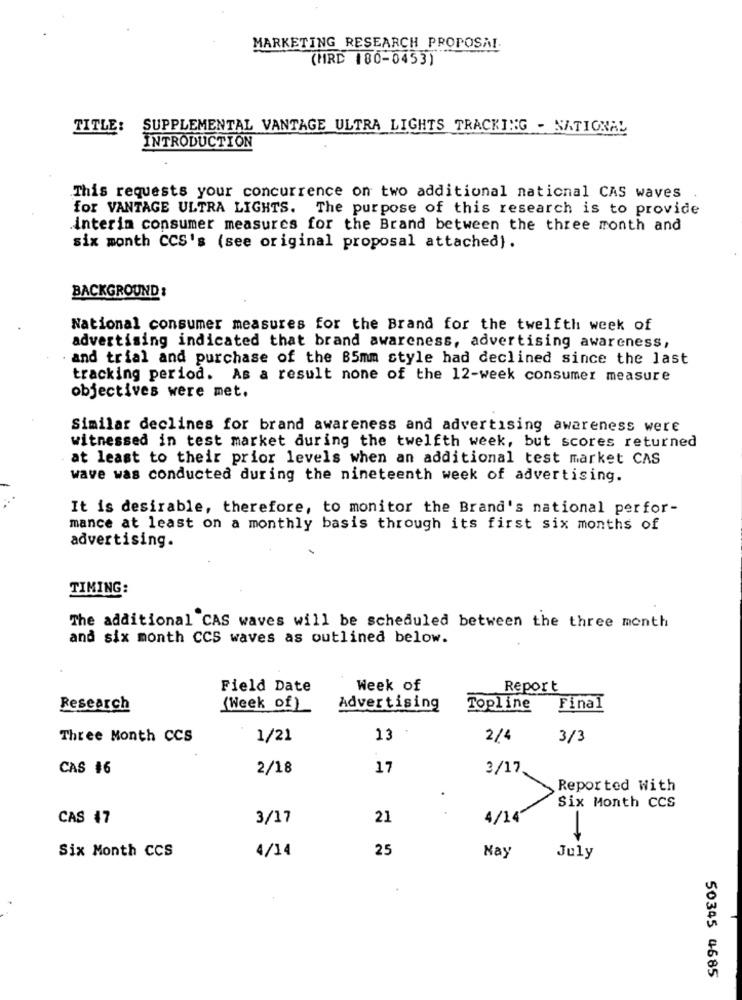
MARKETING RESEARCH PROPOSAL.
(HRC 180-0453)
TITLE:
SUPPLEMENTAL VANTAGE ULTRA LIGHTS TRACKING - NATIONAL
INTRODUCTION
This requests your concurrence on two additional national CAS waves
for VANTAGE ULTRA LIGHTS. The purpose of this research is to provide
interin consumer measures for the Brand between the three month and
six month CCS's (see original proposal attached).
BACKGROUND :
National consumer measures for the Brand for the twelfth week of
advertising indicated that brand awareness, advertising awareness,
and trial and purchase of the B5mm style had declined since the last
tracking period. As a result none of the 12-week consumer measure
objectives were met.
Similar declines for brand awareness and advertising awareness were
witnessed in test market during the twelfth week, but scores returned
at least to their prior levels when an additional test market CAS
wave was conducted during the nineteenth week of advertising.
It is desirable, therefore, to monitor the Brand's national perfor-
mance at least on a monthly basis through its first six months of
advertising.
TIMING:
The additional CAS waves will be scheduled between the three month
and six month CCS waves as outlined below.
Field Date
Week of
Report
Research
(Week of)
Advertising
Topline
Final
Three Month CCS
1/21
13
2/4
3/3
CAS #6
2/18
17
3/17
Reported With
Six Month CCS
CAS 47
3/17
21
4/14
4/14
25
Six Month CCS
Nay
July
50345 4685